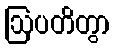
ဩပတိတွာ